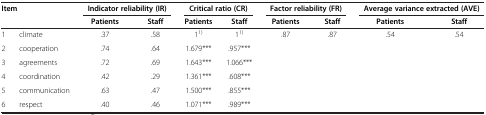
| <COLSPAN=2> Item | <COLSPAN=2> Indicator reliability (IR) | <COLSPAN=2> Critical ratio (CR) | <COLSPAN=2> Factor reliability (FR) | <COLSPAN=2> Average variance extracted (AVE) |
 | <COLSPAN=2>  | Patients | Staff | Patients | Staff | Patients | Staff | Patients | Staff |
 | --- | --- | --- | --- | --- | --- | --- | --- | --- | --- |
 | 1 | climate | .37 | .58 | 11) | 11) | <ROWSPAN=6> .87 | <ROWSPAN=6> .87 | .54 | .54 |
 | 2 | cooperation | .74 | .64 | 1.679*** | .957*** |  |  |
 | 3 | agreements | .72 | .69 | 1.643*** | 1.066*** |  |  |
 | 4 | coordination | .42 | .29 | 1.361*** | .608*** |  |  |
 | 5 | communication | .63 | .47 | 1.500*** | .855*** |  |  |
 | 6 | respect | .40 | .46 | 1.071*** | .989*** |  |  |